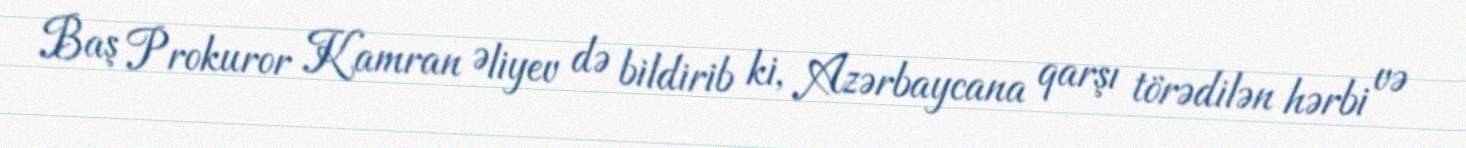
Baş Prokuror Kamran Əliyev də bildirib ki, Azərbaycana qarşı törədilən hərbi və